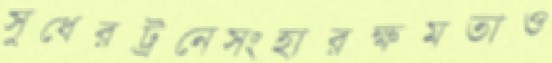
সুধেরট্রনেসংহারক্ষমতাও